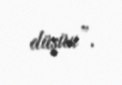
düşün”.